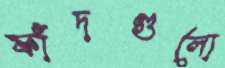
ফাঁদগুলো